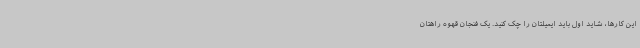
این کارها، شاید اول باید ایمیلتان را چک کنید. یک فنجان قهوه راهتان